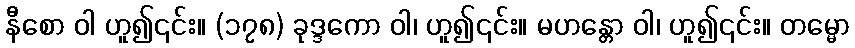
နီစော ဝါ ဟူ၍၎င်း။ (၁၇၈) ခုဒ္ဒကော ဝါ၊ ဟူ၍၎င်း။ မဟန္တော ဝါ၊ ဟူ၍၎င်း။ တမ္မော